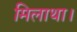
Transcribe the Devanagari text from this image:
मिलाथा।